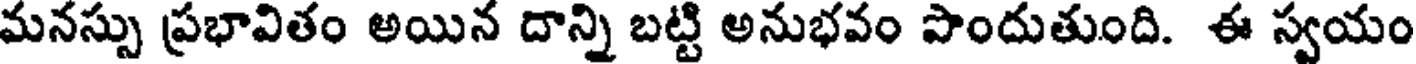
మనస్సు ప్రభావితం అయిన దాన్ని బట్టి అనుభవం పొందుతుంది. ఈ స్వయం